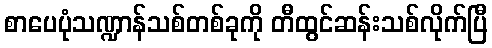
စာပေပုံသဏ္ဍာန်သစ်တစ်ခုကို တီထွင်ဆန်းသစ်လိုက်ပြီ